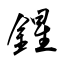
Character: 鍟